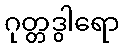
ဂုတ္တဒွါရော